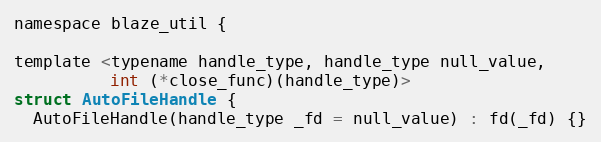
Language: C
namespace blaze_util {

template <typename handle_type, handle_type null_value,
          int (*close_func)(handle_type)>
struct AutoFileHandle {
  AutoFileHandle(handle_type _fd = null_value) : fd(_fd) {}